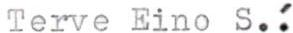
Terve Eino S.!